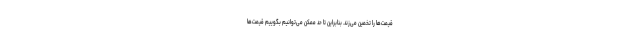
قیمت‌ها را تخمین می‌زند. بنابراین تا حد ممکن می‌توانیم بگوییم قیمت‌ها